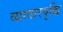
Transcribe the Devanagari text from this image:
व्यापारवृद्धि